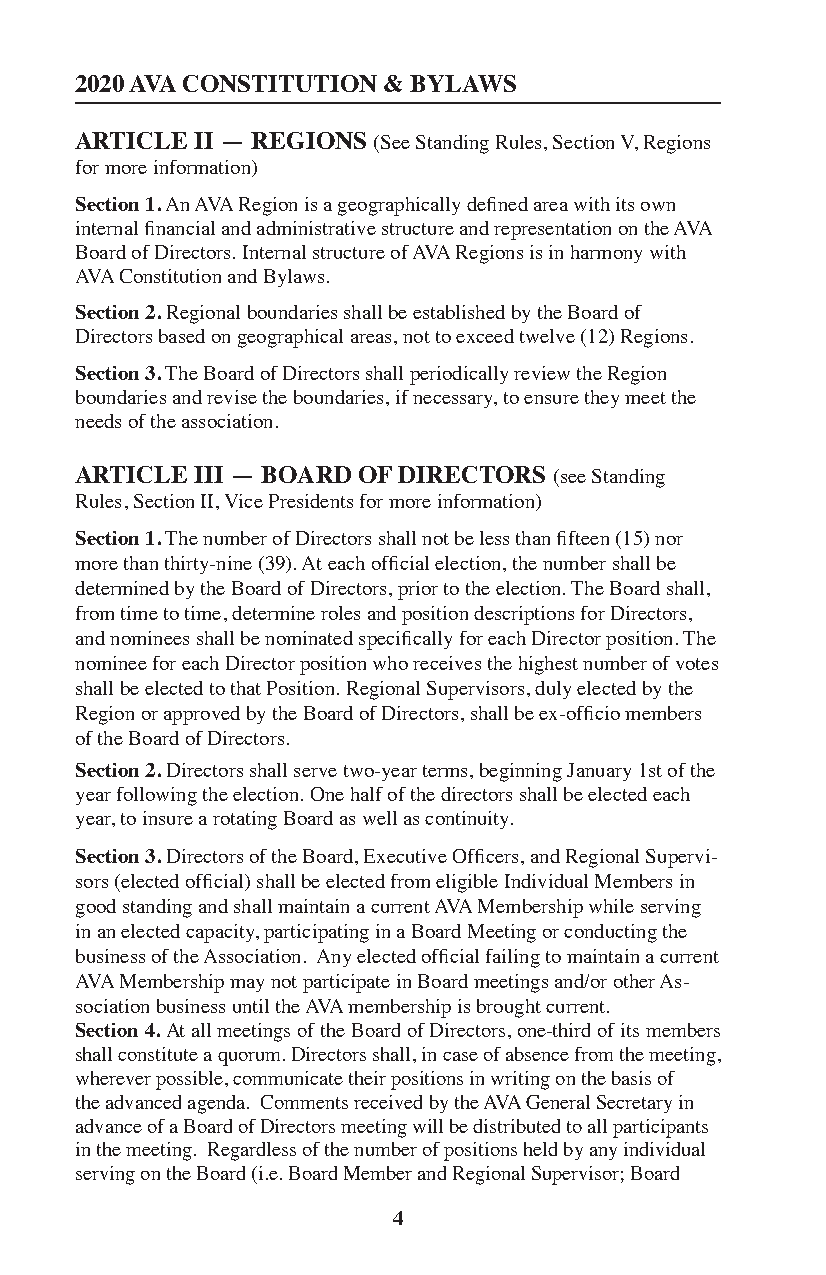
2020 AVA CONSTITUTION & BYLAWS
 ARTICLE II — REGIONS (See Standing Rules, Section V, Regions
 for more information)
 Section 1. An AVA Region is a geographically defined area with its own
 internal financial and administrative structure and representation on the AVA
 Board of Directors. Internal structure of AVA Regions is in harmony with
 AVA Constitution and Bylaws.
 Section 2. Regional boundaries shall be established by the Board of
 Directors based on geographical areas, not to exceed twelve (12) Regions.
 Section 3. The Board of Directors shall periodically review the Region
 boundaries and revise the boundaries, if necessary, to ensure they meet the
 needs of the association.
 ARTICLE III — BOARD OF DIRECTORS (see Standing
 Rules, Section II, Vice Presidents for more information)
 Section 1. The number of Directors shall not be less than fifteen (15) nor
 more than thirty-nine (39). At each official election, the number shall be
 determined by the Board of Directors, prior to the election. The Board shall,
 from time to time, determine roles and position descriptions for Directors,
 and nominees shall be nominated specifically for each Director position. The
 nominee for each Director position who receives the highest number of votes
 shall be elected to that Position. Regional Supervisors, duly elected by the
 Region or approved by the Board of Directors, shall be ex-officio members
 of the Board of Directors.
 Section 2. Directors shall serve two-year terms, beginning January 1st of the
 year following the election. One half of the directors shall be elected each
 year, to insure a rotating Board as well as continuity.
 Section 3. Directors of the Board, Executive Officers, and Regional Supervi-
 sors (elected official) shall be elected from eligible Individual Members in
 good standing and shall maintain a current AVA Membership while serving
 in an elected capacity, participating in a Board Meeting or conducting the
 business of the Association. Any elected official failing to maintain a current
 AVA Membership may not participate in Board meetings and/or other As-
 sociation business until the AVA membership is brought current.
 Section 4. At all meetings of the Board of Directors, one-third of its members
 shall constitute a quorum. Directors shall, in case of absence from the meeting,
 wherever possible, communicate their positions in writing on the basis of
 the advanced agenda. Comments received by the AVA General Secretary in
 advance of a Board of Directors meeting will be distributed to all participants
 in the meeting. Regardless of the number of positions held by any individual
 serving on the Board (i.e. Board Member and Regional Supervisor; Board
 4